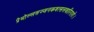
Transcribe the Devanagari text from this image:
प्रेमोल्लसज्जनकवत्सलवारिराशे।